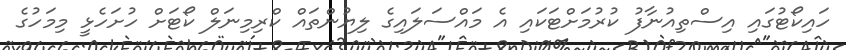
ހައިކޯޓުގައި އިސްތިއުނާފު ކުރުމަށްޓަކައި އެ މައްސަލައިގެ ލިޔުންތައް ކްރިމިނަލް ކޯޓަށް ހުށަހެޅީ މިމަހުގެ